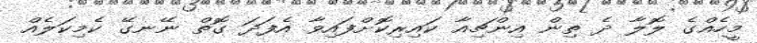
މީހެއްގެ ލޮލާ ދެ ތިން އިންޗިއާ ކައިރިކޮށްފައިވާ އެފަދަ ގޮތް ނޭނގޭ ކެމިކަލެއް